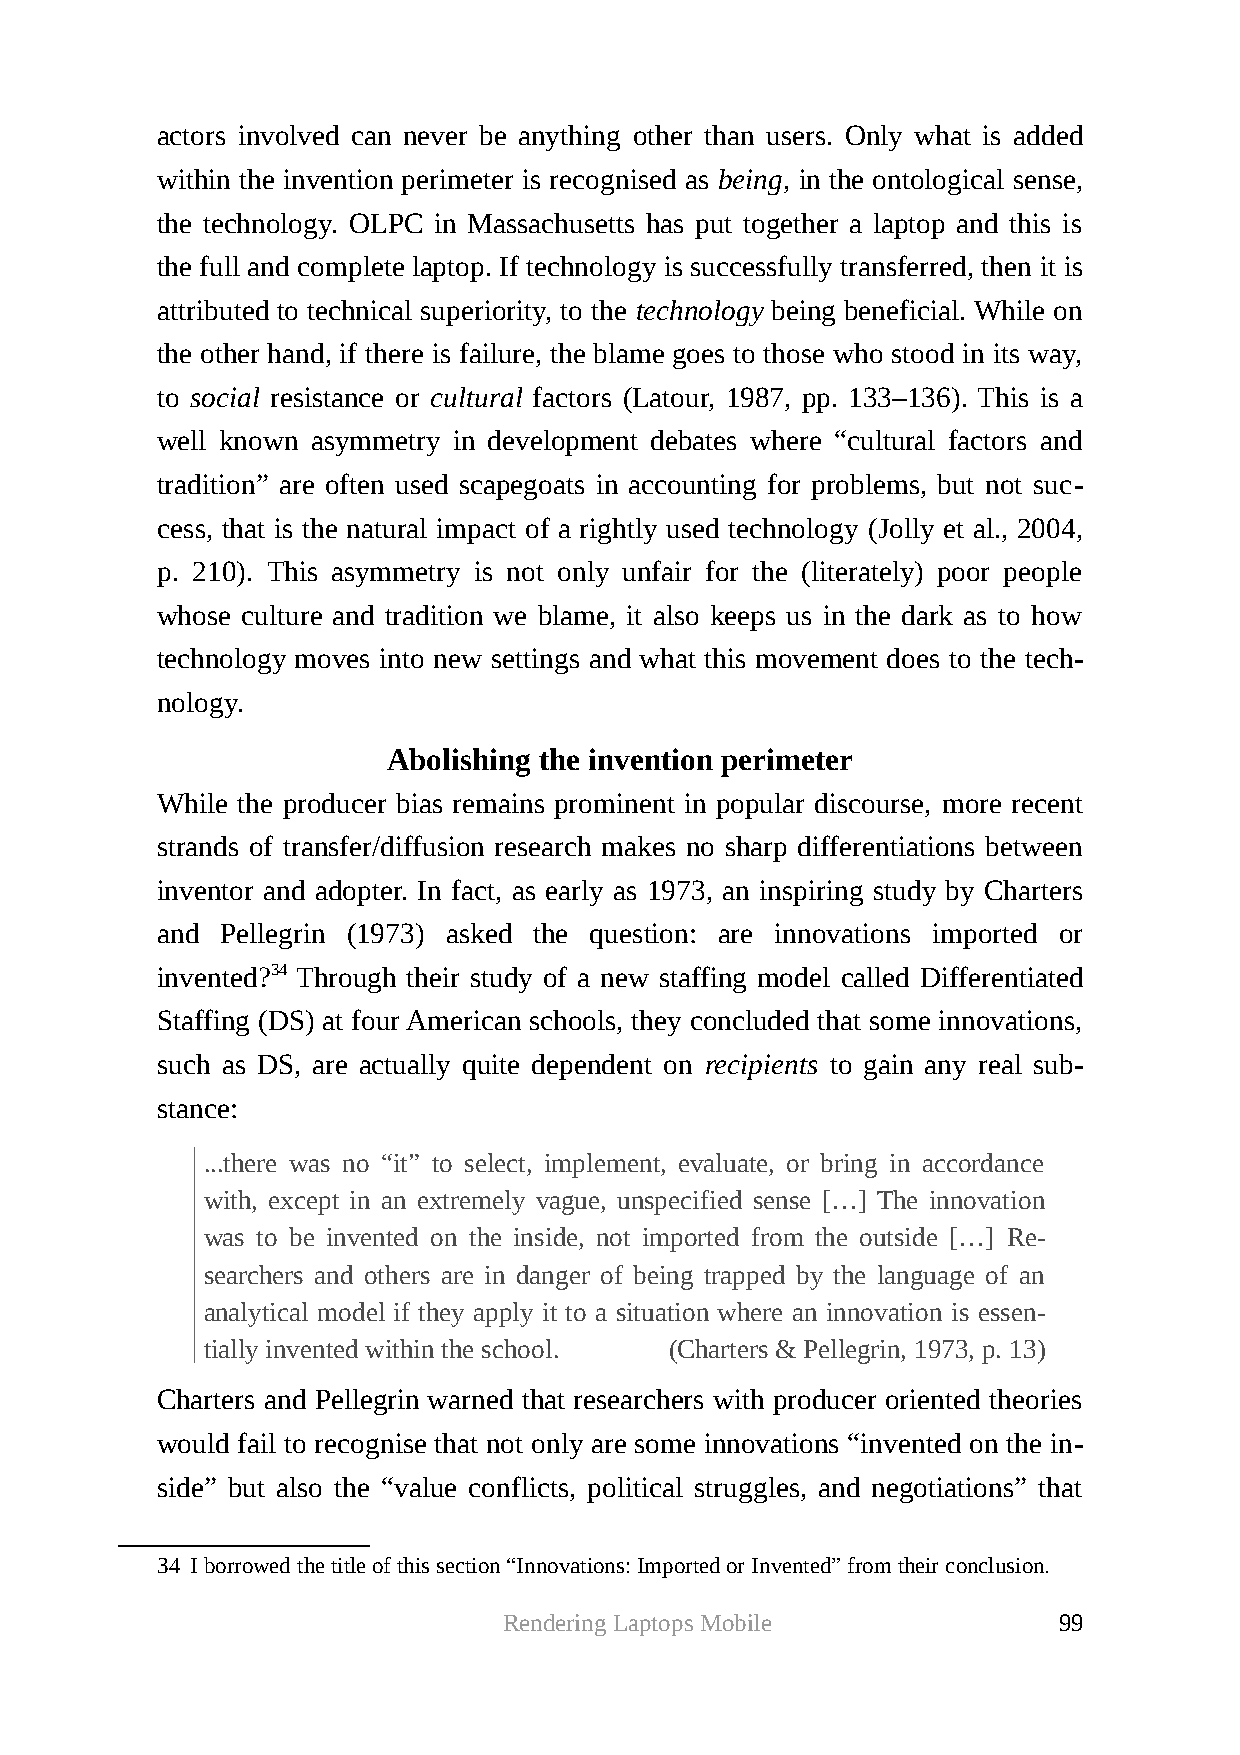
actors involved can never be anything other than users. Only what is added
 within the invention perimeter is recognised as being, in the ontological sense,
 the technology. OLPC in Massachusetts has put together a laptop and this is
 the full and complete laptop. If technology is successfully transferred, then it is
 attributed to technical superiority, to the technology being beneficial. While on
 the other hand, if there is failure, the blame goes to those who stood in its way,
 to social resistance or cultural factors (Latour, 1987, pp. 133–136). This is a
 well known asymmetry in development debates where “cultural factors and
 tradition” are often used scapegoats in accounting for problems, but not suc-
 cess, that is the natural impact of a rightly used technology (Jolly et al., 2004,
 p. 210). This asymmetry is not only unfair for the (literately) poor people
 whose culture and tradition we blame, it also keeps us in the dark as to how
 technology moves into new settings and what this movement does to the tech-
 nology.
 Abolishing the invention perimeter
 While the producer bias remains prominent in popular discourse, more recent
 strands of transfer/diffusion research makes no sharp differentiations between
 inventor and adopter. In fact, as early as 1973, an inspiring study by Charters
 and  Pellegrin (1973) asked the question: are innovations imported or
 invented?34 Through their study of a new staffing model called Differentiated
 Staffing (DS) at four American schools, they concluded that some innovations,
 such as DS, are actually quite dependent on recipients to gain any real sub-
 stance:
 ...there was no “it” to select, implement, evaluate, or bring in accordance
 with, except in an extremely vague, unspecified sense […] The innovation
 was to be invented on the inside, not imported from the outside […] Re-
 searchers and others are in danger of being trapped by the language of an
 analytical model if they apply it to a situation where an innovation is essen-
 tially invented within the school. (Charters & Pellegrin, 1973, p. 13)
 Charters and Pellegrin warned that researchers with producer oriented theories
 would fail to recognise that not only are some innovations “invented on the in-
 side” but also the “value conflicts, political struggles, and negotiations” that
 34 I borrowed the title of this section “Innovations: Imported or Invented” from their conclusion.
 Rendering Laptops Mobile             99